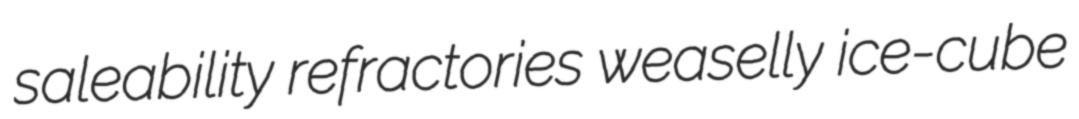
saleability refractories weaselly ice-cube